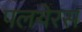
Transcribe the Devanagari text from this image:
पलयेरस